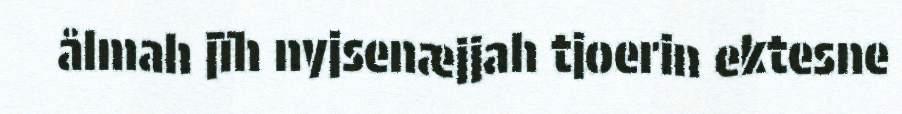
ålmah jïh nyjsenæjjah tjoerin ektesne